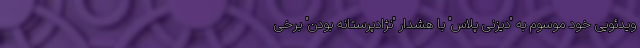
ویدئویی خود موسوم به "دیزنی پلاس" با هشدار "نژادپرستانه بودن" برخی